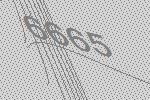
6665